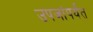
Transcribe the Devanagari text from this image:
उपजांपर्यंत